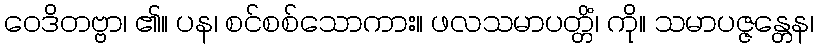
ဝေဒိတဗ္ဗာ၊ ၏။ ပန၊ စင်စစ်သောကား။ ဖလသမာပတ္တိံ၊ ကို။ သမာပဇ္ဇန္တေန၊